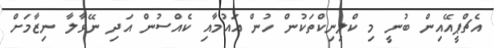
އެޗްޕީއޭއިން ބުނީ މި ކްލިނިކްތަކުން ހުން އައުމާއި ކެއްސުން އަދި ނޭވާލާ ނިޒާމަށް